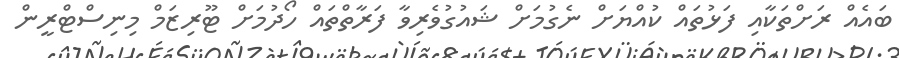
ބައެއް ރަށްތަކާއި ފަޅުތައް ކުއްޔަށް ނެގުމަށް ޝައުގުވެރިވާ ފަރާތްތައް ހޯދުމަށް ޓޫރިޒަމް މިނިސްޓްރީން